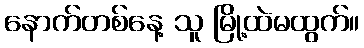
နောက်တစ်နေ့ သူ မြို့ထဲမထွက်။